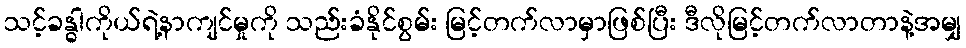
သင့်ခန္ဓါကိုယ်ရဲ့နာကျင်မှုကို သည်းခံနိုင်စွမ်း မြင့်တက်လာမှာဖြစ်ပြီး ဒီလိုမြင့်တက်လာတာနဲ့အမျှ